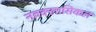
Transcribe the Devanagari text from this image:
नवक्लासिकल